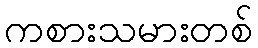
ကစားသမားတစ်